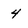
Character: 4